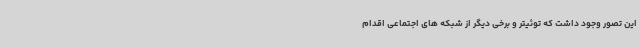
این تصور وجود داشت که توئیتر و برخی دیگر از شبکه های اجتماعی اقدام